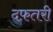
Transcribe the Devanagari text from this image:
दफ़तरी